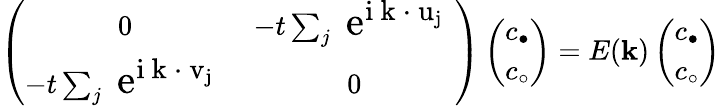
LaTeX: \left(\begin{array}{cc}{{0}}&{{-t\sum_{j}\mathrm{\Large~e^{i{\mathbf~k~\cdot~u}_{j}}~}}}\\ {{-t\sum_{j}\mathrm{\Large~e^{i{\mathbf~k~\cdot~v}_{j}}~}}}&{{0}}\end{array}\right)\left(\begin{array}{c}{{c_{\bullet}}}\\ {{c_{\circ}}}\end{array}\right)=E({\mathbf k})\left(\begin{array}{c}{{c_{\bullet}}}\\ {{c_{\circ}}}\end{array}\right)